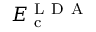
E _ { \mathrm { ~ c ~ } } ^ { \mathrm { ~ L ~ D ~ A ~ } }